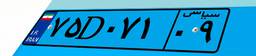
۷۵D۰۷۱۰۹